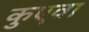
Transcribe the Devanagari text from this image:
कुएवा